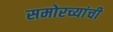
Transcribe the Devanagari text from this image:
समोरच्यांची